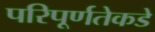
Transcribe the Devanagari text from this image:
परिपूर्णतेकडे